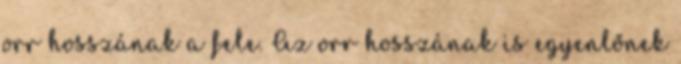
orr hosszának a fele. Az orr hosszának is egyenlőnek